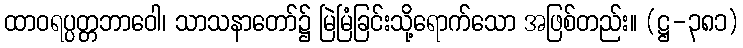
ထာဝရပ္ပတ္တဘာဝေါ၊ သာသနာတော်၌ မြဲမြံခြင်းသို့ရောက်သော အဖြစ်တည်း။ (ဋ္ဌ-၃၈၁)